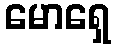
မောရှေ